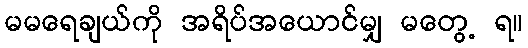
မမရေချယ်ကို အရိပ်အယောင်မျှ မတွေ့ ရ။